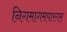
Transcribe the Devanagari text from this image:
निगमागमपारगम्